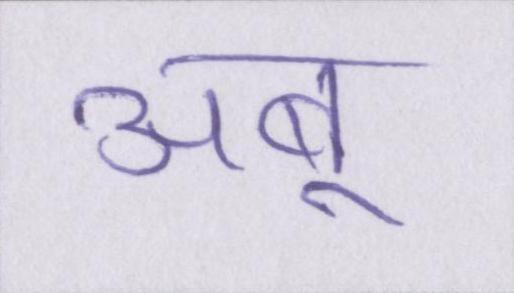
अबू